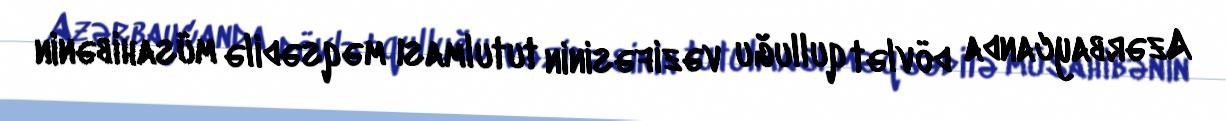
Azərbaycanda dövlət qulluğu vəzifəsinin tutulması məqsədilə müsahibənin